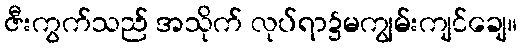
ဇီးကွက်သည် အသိုက် လုပ်ရာ၌မကျွမ်းကျင်ချေ။